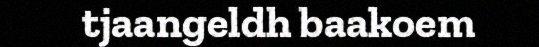
tjaangeldh baakoem